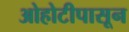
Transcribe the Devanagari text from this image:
ओहोटीपासून